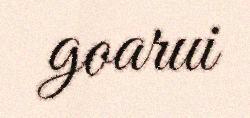
goarui